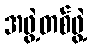
အဖွဲ့တစ်ဖွဲ့